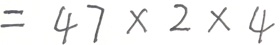
= 4 7 \times 2 \times 4